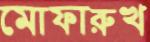
মোফারুখ